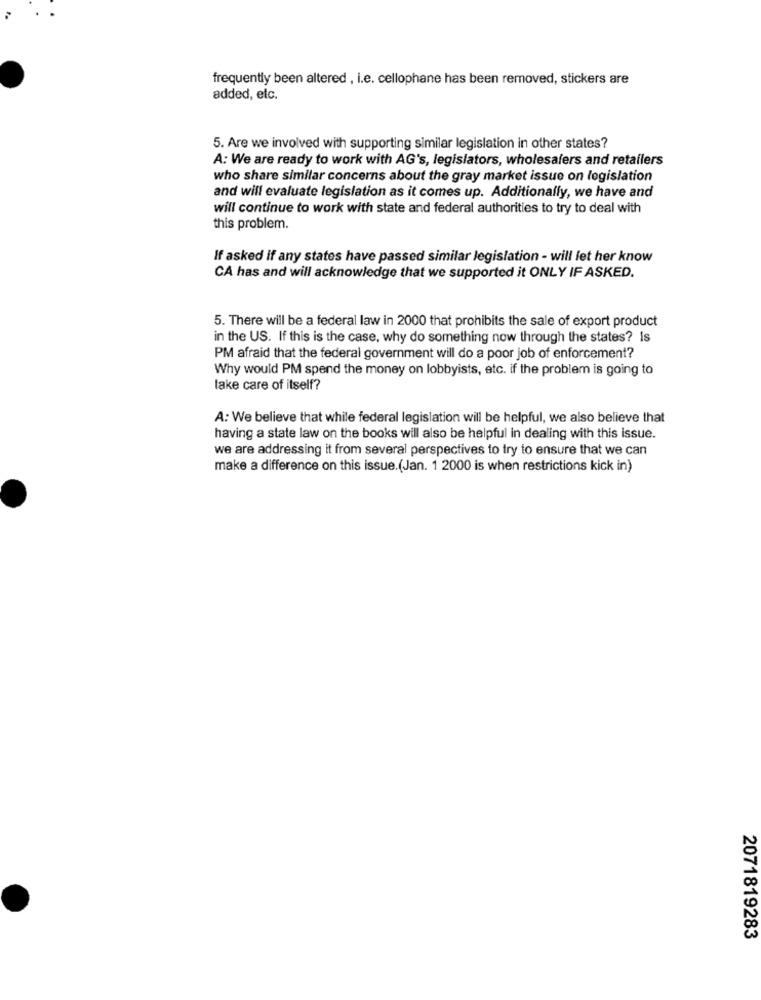
frequently been altered , i.e. cellophane has been removed, stickers are
added, etc.
5. Are we involved with supporting similar legislation in other states?
A: We are ready to work with AG's, legislators, wholesalers and retailers
who share similar concerns about the gray market issue on legislation
and will evaluate legislation as it comes up. Additionally, we have and
will continue to work with state and federal authorities to try to deal with
this problem.
If asked if any states have passed similar legislation - will let her know
CA has and will acknowledge that we supported it ONLY IF ASKED.
5. There will be a federal law in 2000 that prohibits the sale of export product
in the US. If this is the case, why do something now through the states? Is
PM afraid that the federal government will do a poor job of enforcement?
Why would PM spend the money on lobbyists, etc. if the problem is going to
lake care of itself?
A: We believe that while federal legislation will be helpful, we also believe that
having a state law on the books will also be helpful in dealing with this issue.
we are addressing it from several perspectives to try to ensure that we can
make a difference on this issue.(Jan. 1 2000 is when restrictions kick in)
2071819283